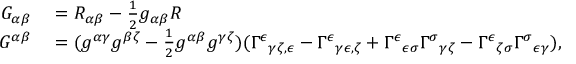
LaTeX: \begin{array} { r l } { G _ { \alpha \beta } } & { { } = R _ { \alpha \beta } - { \frac { 1 } { 2 } } g _ { \alpha \beta } R } \\ { G ^ { \alpha \beta } } & { { } = ( g ^ { \alpha \gamma } g ^ { \beta \zeta } - { \frac { 1 } { 2 } } g ^ { \alpha \beta } g ^ { \gamma \zeta } ) ( \Gamma ^ { \epsilon } { } _ { \gamma \zeta , \epsilon } - \Gamma ^ { \epsilon } { } _ { \gamma \epsilon , \zeta } + \Gamma ^ { \epsilon } { } _ { \epsilon \sigma } \Gamma ^ { \sigma } { } _ { \gamma \zeta } - \Gamma ^ { \epsilon } { } _ { \zeta \sigma } \Gamma ^ { \sigma } { } _ { \epsilon \gamma } ) , } \end{array}